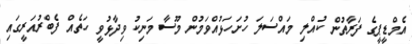
އެމްޑީޕީގެ ފަރާތުން ކުއްލި މައްސަލަ ހުށަހަޅުއްވަމުން މޫސާ މަނިކު ވިދާޅުވީ ހަތެއް ފެބްރުއަރީގައި